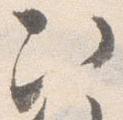
次